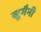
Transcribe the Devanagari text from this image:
खु़मैनी